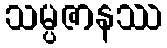
သမ္ပဇာနဿ